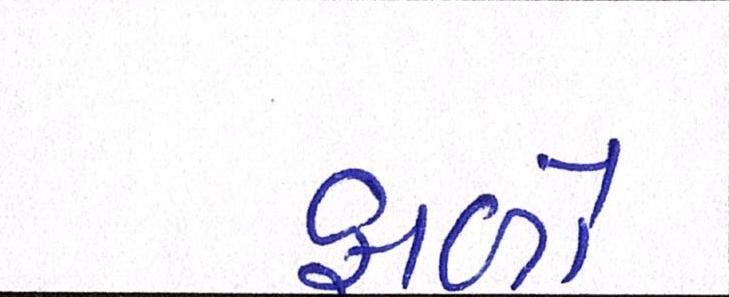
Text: ફાળો